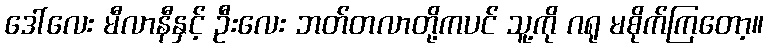
ဒေါ်လေး မီလာနီနှင့် ဦးလေး ဘတ်တလာတို့ကပင် သူ့ကို ဂရု မစိုက်ကြတော့။